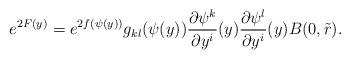
LaTeX: \begin{align*}e^{2F(y)} = e^{2f(\psi(y))} g_{kl}(\psi(y)) \frac{\partial\psi^k}{\partial y^i}(y) \frac{\partial\psi^l}{\partial y^i} (y) B(0,\tilde r). \end{align*}